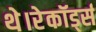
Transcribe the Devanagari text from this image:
थे।रेकॉर्ड्स